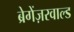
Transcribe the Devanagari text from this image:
ब्रेगेंज़रवाल्ड